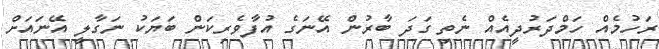
ރަހުމެއް ހަމްދަރުދީއެއް ނެތި ގަދަ ބާރުން އޭނަގެ އުފާވެރިކަން ބަޔަކު ނަގާލީ އޭނައަށް